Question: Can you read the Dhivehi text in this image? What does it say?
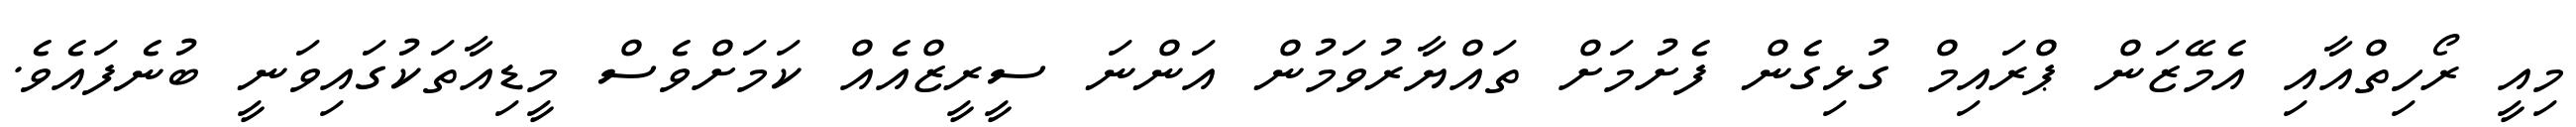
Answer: މިއީ ރޯހިތްއާއި އެމޭޒަން ޕްރައިމް ގުޅިގެން ފެށުމަށް ތައްޔާރުވަމުން އަންނަ ސީރީޒްއެއް ކަމަށްވެސް މީޑިއާތަކުގައިވަނީ ބުނެފައެވެ.